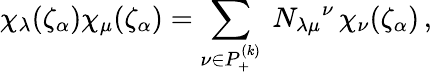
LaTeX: \chi_{\lambda}(\zeta_{\alpha})\chi_{\mu}(\zeta_{\alpha})=\sum_{\nu\in P_{+}^{(k)}}\ N_{\lambda\mu}{}^{\nu}\, \chi_{\nu}(\zeta_{\alpha})\, ,